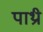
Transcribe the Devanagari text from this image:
पाथ्री